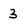
Character: 3